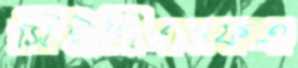
সিইসিএএফএ